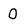
Character: 0